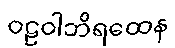
ဝဠဝါဘိရထေန